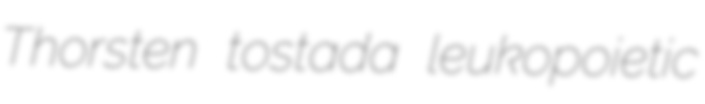
Thorsten tostada leukopoietic